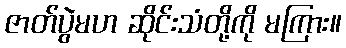
ဇာတ်ပွဲမဟ ဆိုင်းသံတို့ကို မကြား။